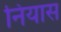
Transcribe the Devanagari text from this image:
नियास